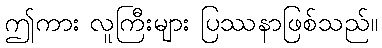
ဤကား လူကြီးများ ပြဿနာဖြစ်သည်။